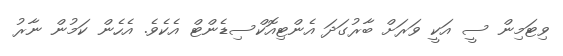
ވިޓަމިން ސީ އަކީ ވަރަށް ބާރުގަދަ އެންޓިއޮކްސިޑެންޓް އެކެވެ. އެހެން ކަމުން ނާރު